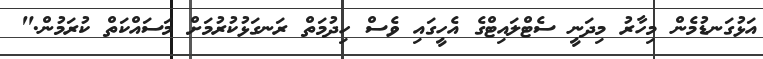
އަޅުގަނޑުމެން މިހާރު މިދަނީ ސެޓްލައިޓްގެ އެހީގައި ވެސް ހިދުމަތް ރަނގަޅުކުރުމަށް މަސައްކަތް ކުރަމުން."